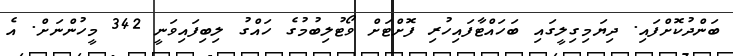
ބަންދުކޮށްފައި. ދިޔަމިގިލީގައި ބަހައްޓާފައިހުރި ފޮށްޓަށް ވޯޓުލިބުމުގެ ހައްގު ލިބިފައިވަނީ 342 މީހުންނަށް. އެ